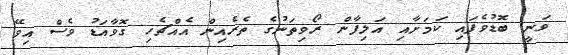
ވަނީ ބޮޑުވެފައި ކަމަށާއި އަލިފާން ރޯވިތަނުގެ ތެރެއިން އެއްޗެހި ގޮވާއަޑު ވެސް އިވޭ